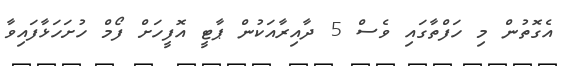
އެގޮތުން މި ހަފްތާގައި ވެސް 5 ދާއިރާއަކުން ޕާޓީ އޮފީހަށް ފޯމް ހުށަހަޅާފައިވާ